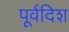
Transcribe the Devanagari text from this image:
पूर्वदिश